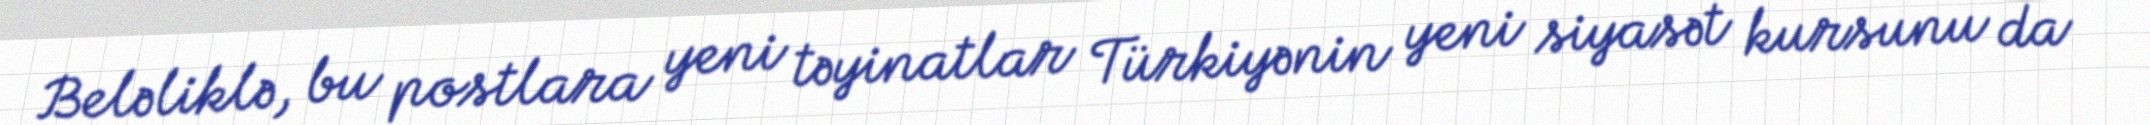
Beləliklə, bu postlara yeni təyinatlar Türkiyənin yeni siyasət kursunu da